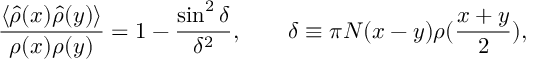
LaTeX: { \frac { \langle \hat { \rho } ( x ) \hat { \rho } ( y ) \rangle } { \rho ( x ) \rho ( y ) } } = 1 - { \frac { \sin ^ { 2 } \delta } { \delta ^ { 2 } } } , \quad \quad \delta \equiv \pi N ( x - y ) \rho ( { \frac { x + y } { 2 } } ) ,